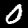
Label: 0